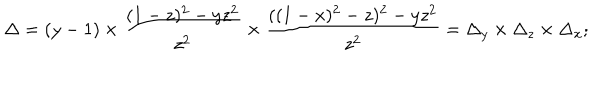
LaTeX: \Delta = ( y - 1 ) \times { \frac { ( 1 - z ) ^ { 2 } - y z ^ { 2 } } { z ^ { 2 } } } \times { \frac { ( ( 1 - x ) ^ { 2 } - z ) ^ { 2 } - y z ^ { 2 } } { z ^ { 2 } } } = \Delta _ { y } \times \Delta _ { z } \times \Delta _ { x } ;